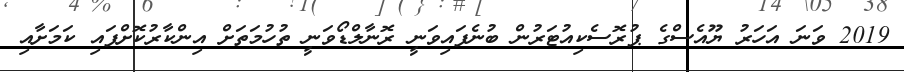
2019 ވަނަ އަހަރު ޔޫއެސްގެ ޕުރޮސެކިއުޓަރުން ބުނެފައިވަނީ ރޮނާލްޑޯވަނީ ތުހުމަތަށް އިންކާރުކޮށްފައި ކަމަށާއި